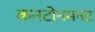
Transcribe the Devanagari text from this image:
कनटोनमनट